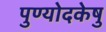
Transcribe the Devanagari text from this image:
पुण्योदकेषु